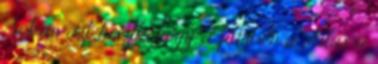
Sokan azt hiszik, hogy a filmben a stílus a